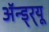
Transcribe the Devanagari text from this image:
अॅन्ड्‌र्‍यू